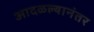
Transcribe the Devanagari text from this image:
आदळल्यानंतर